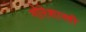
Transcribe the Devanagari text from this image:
गोरेशास्त्री